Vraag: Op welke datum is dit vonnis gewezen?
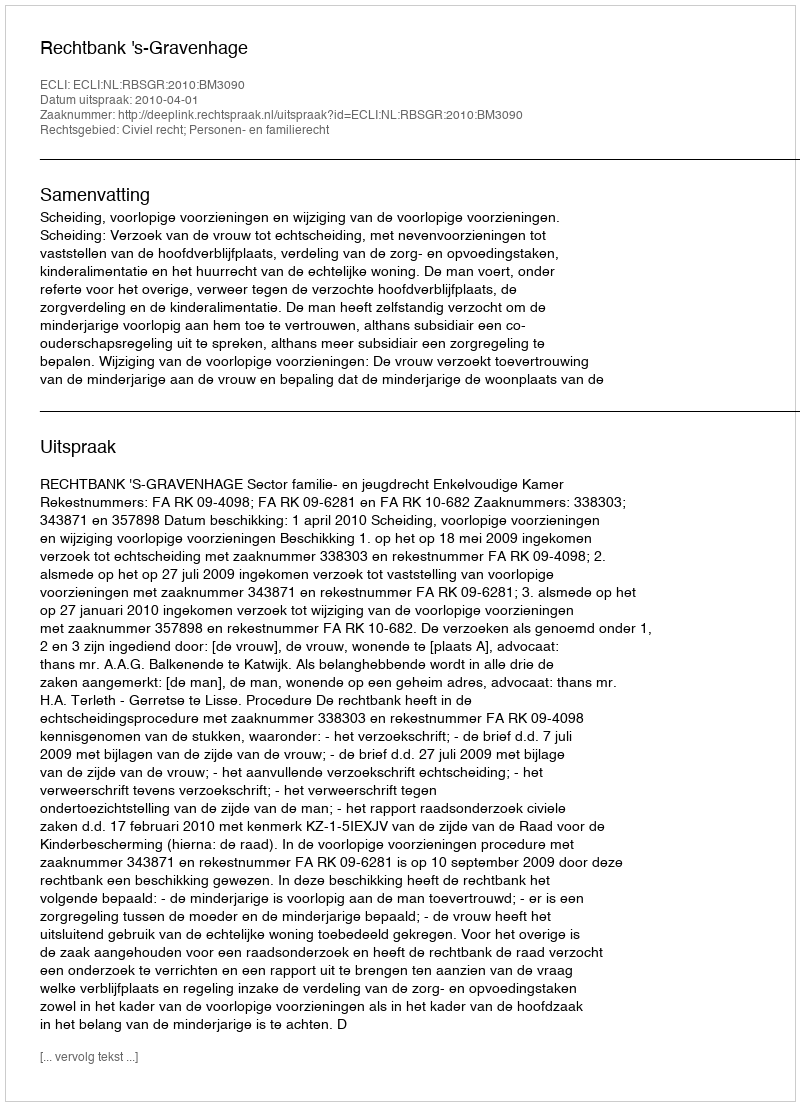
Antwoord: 2010-04-01